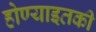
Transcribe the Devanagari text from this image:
होण्याइतकी